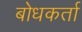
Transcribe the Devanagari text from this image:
बोधकर्ता